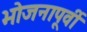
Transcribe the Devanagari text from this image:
भोजनापूर्वी